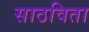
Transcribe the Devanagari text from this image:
साठविता